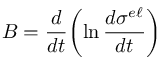
B = \frac { d } { d t } \biggl ( \ln \frac { d \sigma ^ { e \ell } } { d t } \biggr )